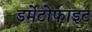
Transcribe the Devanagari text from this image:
डर्मेटोफाइट